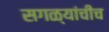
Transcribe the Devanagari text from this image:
सगळ्यांचीच